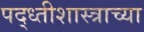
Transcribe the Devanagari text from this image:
पद्ध्तीशास्त्राच्या